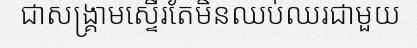
ជាសង្គ្រាមស្ទើរតែមិនឈប់ឈរជាមួយ